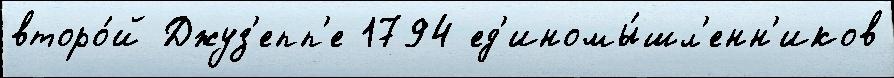
второ́й Джуз'епп'е 1794 ед'иномы́шл'енн'иков